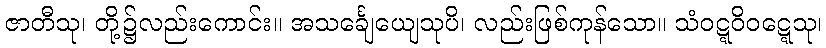
ဇာတီသု၊ တို့၌လည်းကောင်း။ အသင်္ချေယျေသုပိ၊ လည်းဖြစ်ကုန်သော။ သံဝဋ္ဋဝိဝဋ္ဋေသု၊